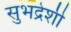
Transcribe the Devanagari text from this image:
सुभद्रेशी